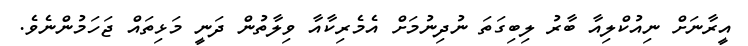
އީރާނަށް ނިއުކްލިއާ ބާރު ލިބިގަތަ ނުދިނުމަށް އެމެރިކާއާ ވިލާތުން ދަނީ މަޅިތައް ޖަހަމުންނެވެ.